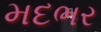
મદભર